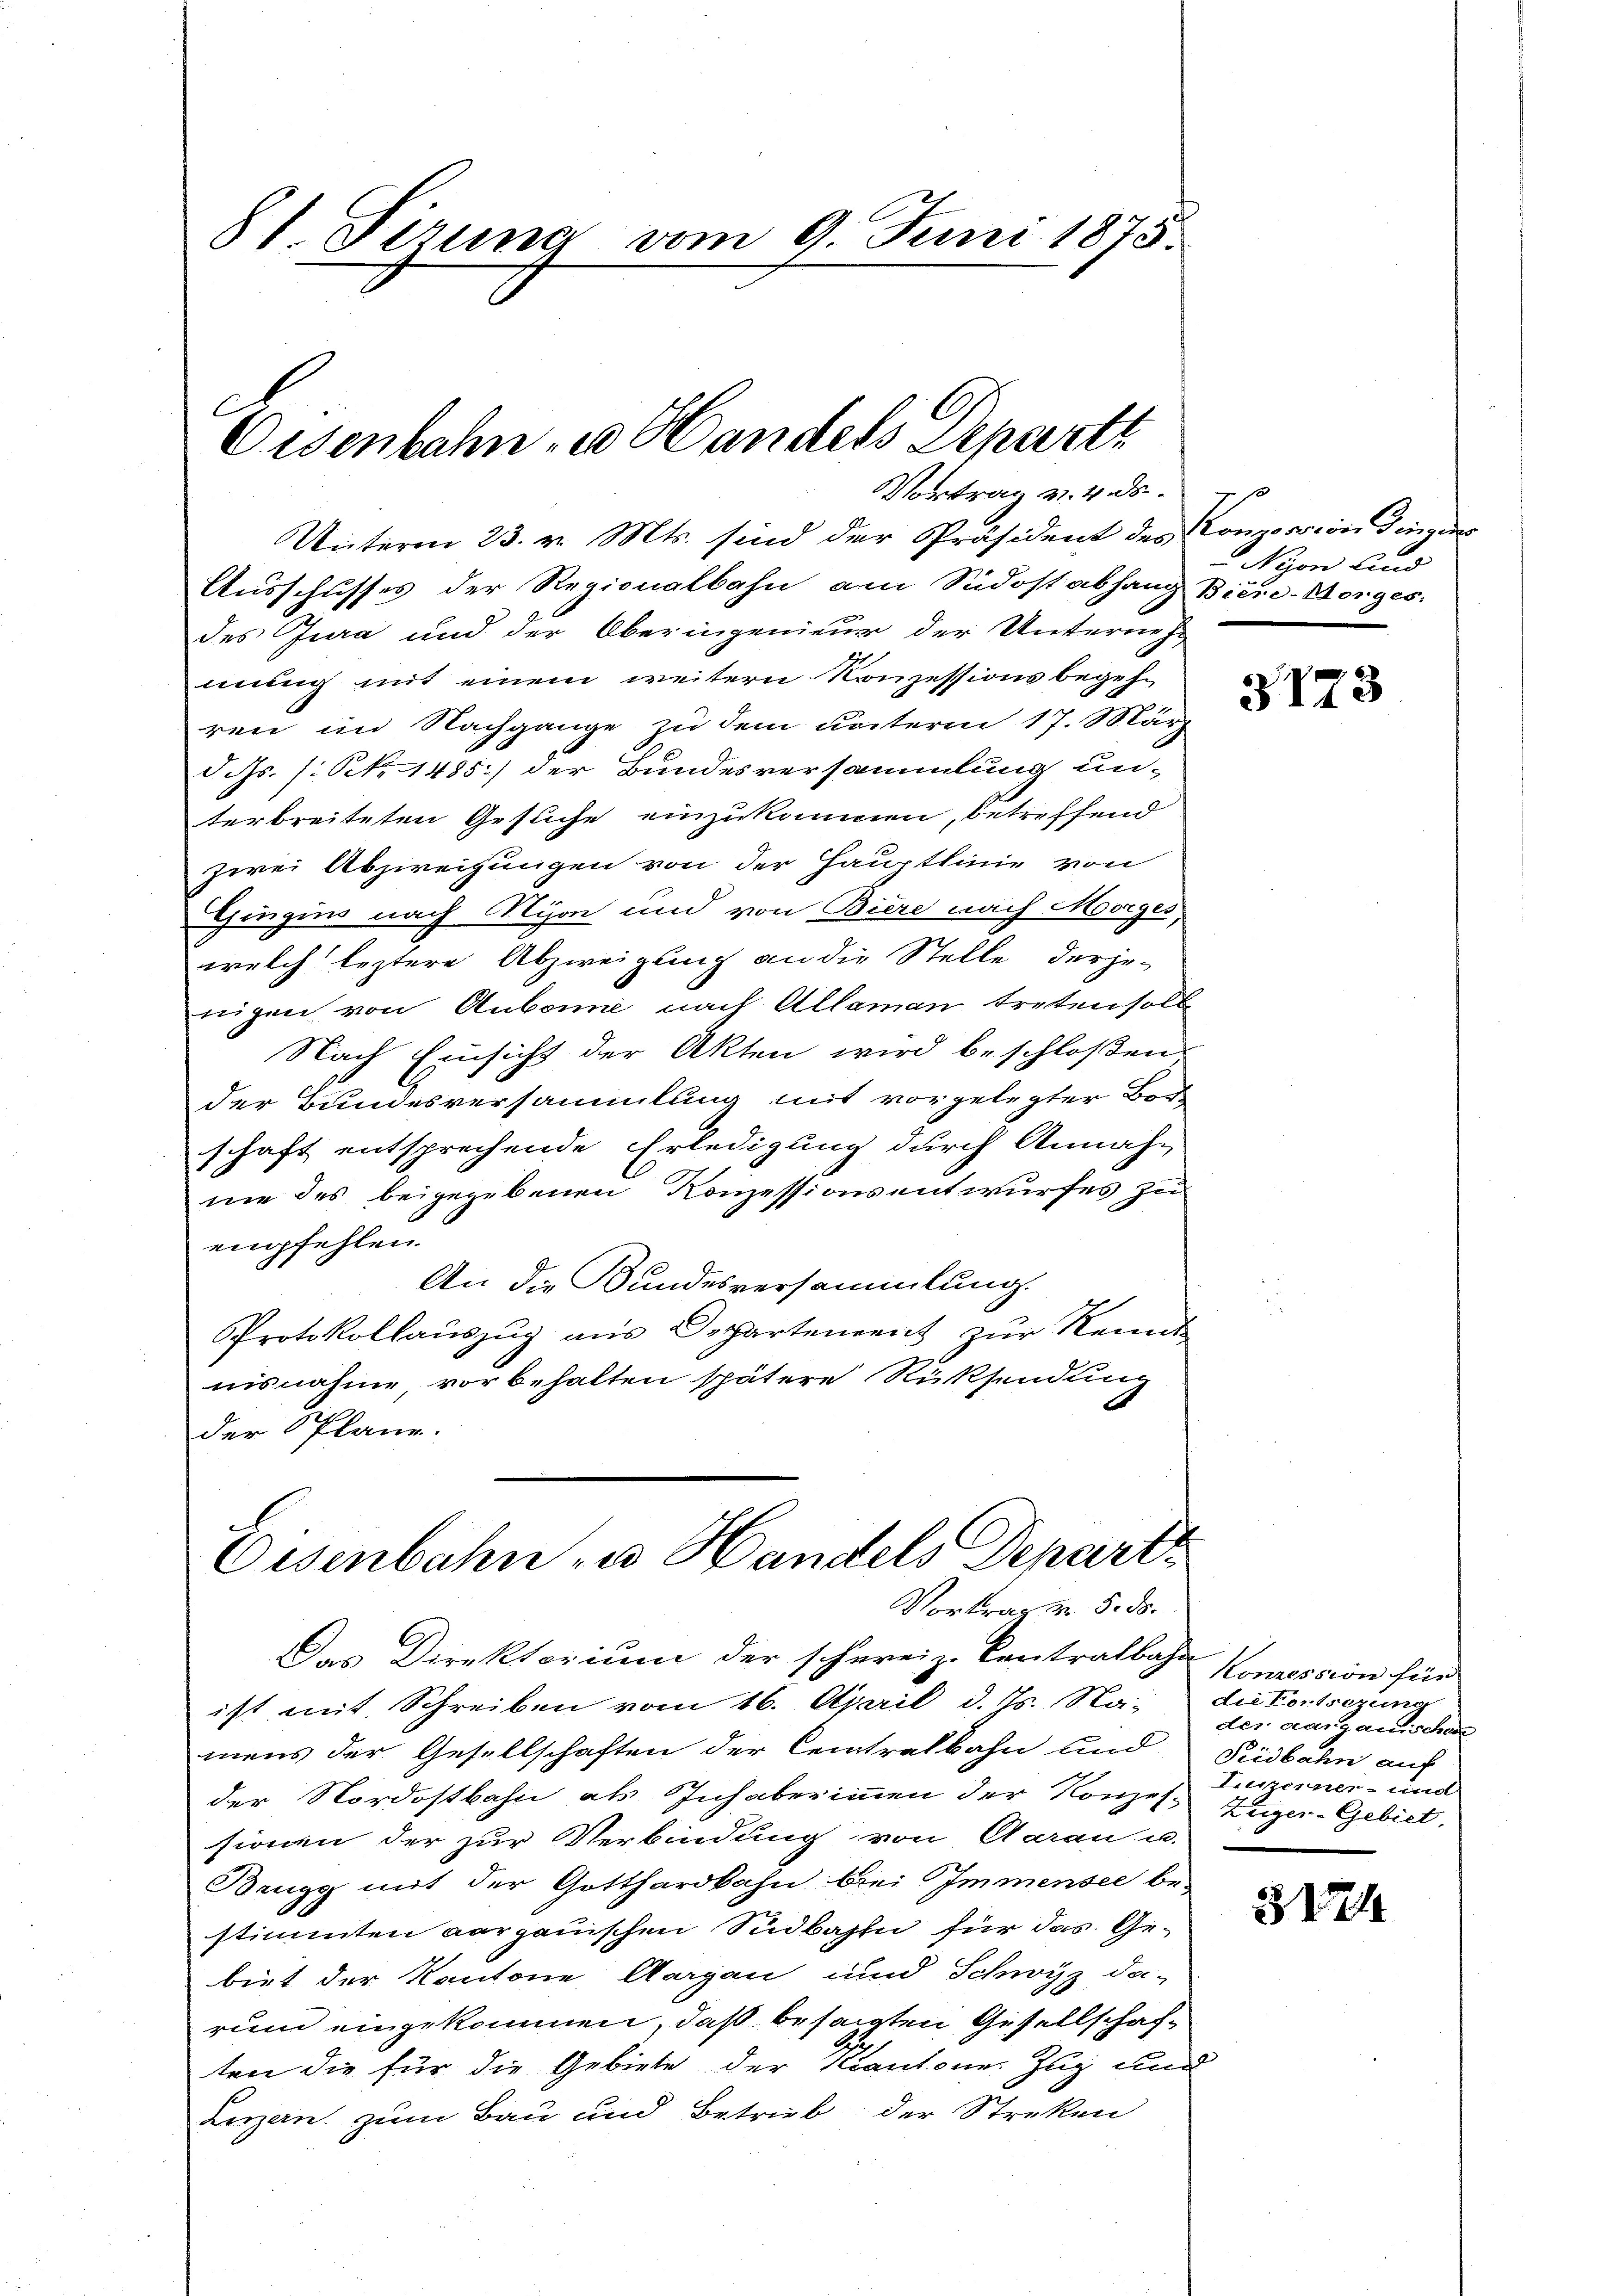
81. Sirung vom 9. Juni 1875.

Eisenbahn u Handels Departi
Vortrag v. 4. ds.

Unterm 23. v. Mts. sind der Präsident des Conzession dingens
Ausschusses der Regionalbahn am Südost abhang Bier-Morges
des Jura und der Oberingenieur der Unternehmung mit einem weitern Konzessionsbegehren im Nachgange zu dem unterm 17. März
d. Js. (: S. 1485) der Bundesversammlung un-
terbreiteten Gesuche einzukommen, betreffend
zwei Abzweigungen von der Hauptlinie von
Gingins nach Nyon und von Biere nach Morges
welch leztere Abzweigung an die Stelle derje-
nigen von Aubonne nach Allaman treten soll
Nach Einsicht der Akten wird beschloßen:
der Bundesversammlung mit vorgelegter Boch-
schaft entsprechende Erledigung durch Annah-
nie des beigegebenen Konzessionsentwurfes zu
emfehlen.
An die Bundesversammlung.
Protokollaŭszŭg aŭs Departement zur Kennt
nisnahme vorbehalten spätere Rücksendung
der Plane.

Eisenbahn u. Handels Depart.
Vortrag v. 5. ds.

es
Nison und

Das Direktorium der schweiz. Contralbahn
ist mit Schreiben vom 16. April d. Js. Na, die Fortsezung
mens der Gesellschaften der Centralbahn und Südbahn auf
der Nordostbahn als Inhaber immen der Konzes Enger-Gebiet,
sionen der zur Verbindung von Aarau u.
Beugg mit der Gotthardbahn. Bei Immensee bestimmten aargauischen Südbahn für das Gebiet der Kantone Aargau und Schwyz da-
rum eingekommen, daß besagten Gesellschaften die für die Gebiete der Kantone. Zug und
Luzern zum Bau und Betrieb der Streken

3173

Konzession für
der aargauischen
Luzerner- und

3124